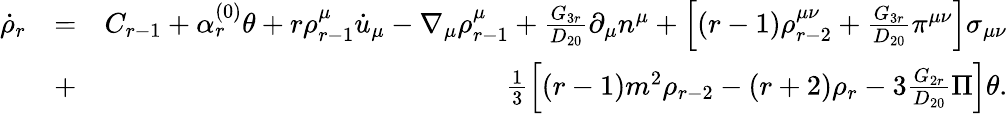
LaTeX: \begin{array}{rlr}{\dot{\rho}_{r}}&{=}&{C_{r-1}+\alpha_{r}^{(0)}\theta+r\rho_{r-1}^{\mu}\dot{u}_{\mu}-\nabla_{\mu}\rho_{r-1}^{\mu}+\frac{G_{3r}}{D_{20}}\partial_{\mu}n^{\mu}+\left[(r-1)\rho_{r-2}^{\mu\nu}+\frac{G_{3r}}{D_{20}}\pi^{\mu\nu}\right]\sigma_{\mu\nu}}\\ &{+}&{\frac{1}{3}\left[(r-1)m^{2}\rho_{r-2}-(r+2)\rho_{r}-3\frac{G_{2r}}{D_{20}}\Pi\right]\theta.}\end{array}